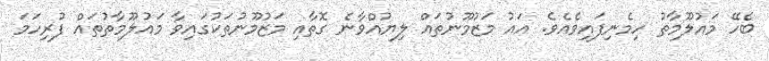
ބެހޭ މައުލޫމާތު ހިމެނިފައިވެއެވެ. އައު މަޒުމޫނުތައް ލިޔުއްވާނެ ގޮތާއި މަޒުމޫނުތަކުގައިވާ މައުލޫމާތުތައް ފުރިހަމަ